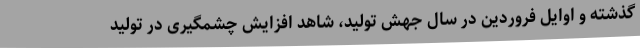
گذشته و اوایل فروردین در سال جهش تولید، شاهد افزایش چشمگیری در تولید